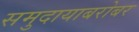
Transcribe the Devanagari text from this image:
समुदायाबरोबर